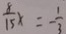
\frac { 8 } { 1 5 } x = - \frac { 1 } { 3 }